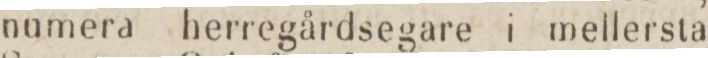
numera herregårdsegare i mellersta